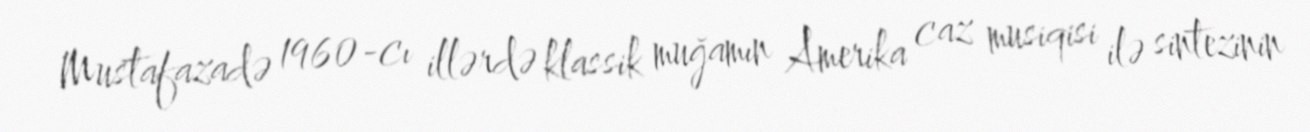
Mustafazadə 1960-cı illərdə klassik muğamın Amerika caz musiqisi ilə sintezinin